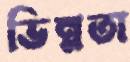
ভিন্নতা